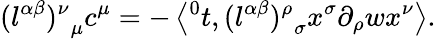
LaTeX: {(l^{\alpha\beta})^{\nu}}_{\mu}c^{\mu}=-\left\langle{^0t},{(l^{\alpha\beta})^{\rho}}_{\sigma}x^{\sigma}\partial_{\rho}wx^{\nu}\right\rangle.